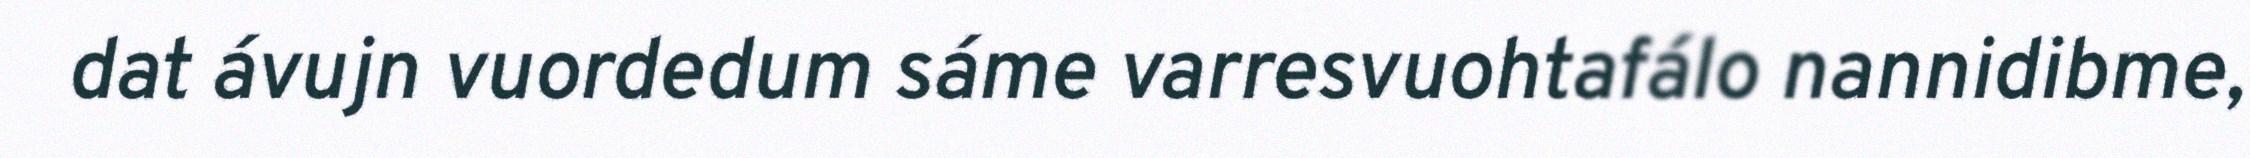
dat ávujn vuordedum sáme varresvuohtafálo nannidibme,